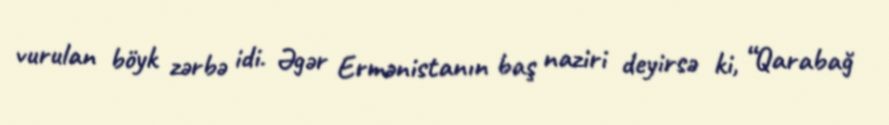
vurulan böyk zərbə idi. Əgər Ermənistanın baş naziri deyirsə ki, “Qarabağ